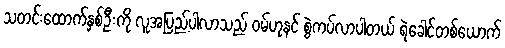
သတင်းထောက်နှစ်ဦးကို လူအပြည့်ပါလာသည် ဝမ်ဟုနင် စွဲကပ်လာပါတယ် ရဲခေါင်တစ်ယောက်